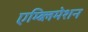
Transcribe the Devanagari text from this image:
एम्ब्लिमेशन